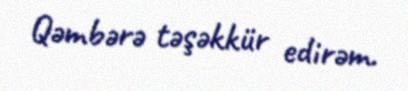
Qəmbərə təşəkkür edirəm.